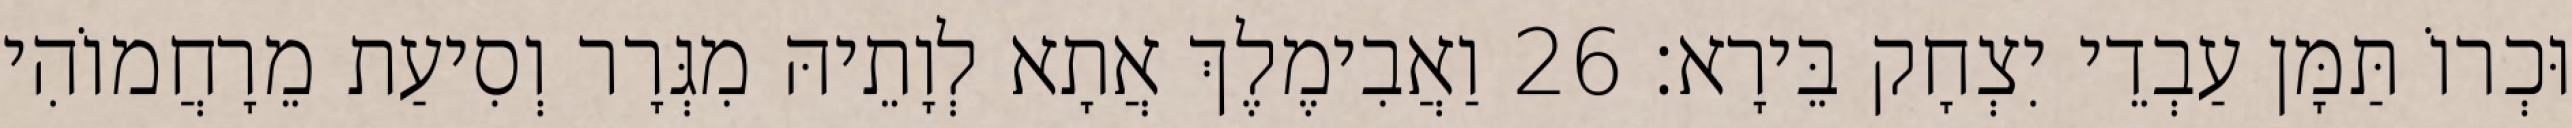
וּכְרוֹ תַּמָּן עַבְדֵי יִצְחָק בֵּירָא׃ 26 וַאֲבִימֶלֶךְ אֲתָא לְוָתֵיהּ מִגְּרָר וְסִיעַת מֵרָחֲמוֹהִי